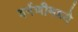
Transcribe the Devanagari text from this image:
वर्गणीमध्ये